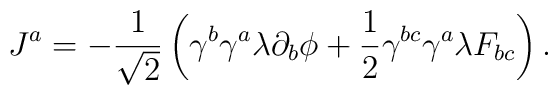
J^a=-\frac{1}{\sqrt{2}}\left(\gamma^b\gamma^a\lambda\partial_b\phi+\frac{1}{2}\gamma^{bc}\gamma^a\lambda F_{bc}\right).